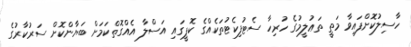
ހާސިލުކޮށްފައިވާ މަތީ ތަޢުލީމުގެ ހުރިހާ ސެޓުފިކެޓުތަކެއްގެ ކޮޕީގައި އަސްލާ އެއްގޮތްކަމަށް ބަޔާންކޮށް ސަރުކާރުގެ